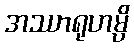
အဿာရုဟမ္ပိ